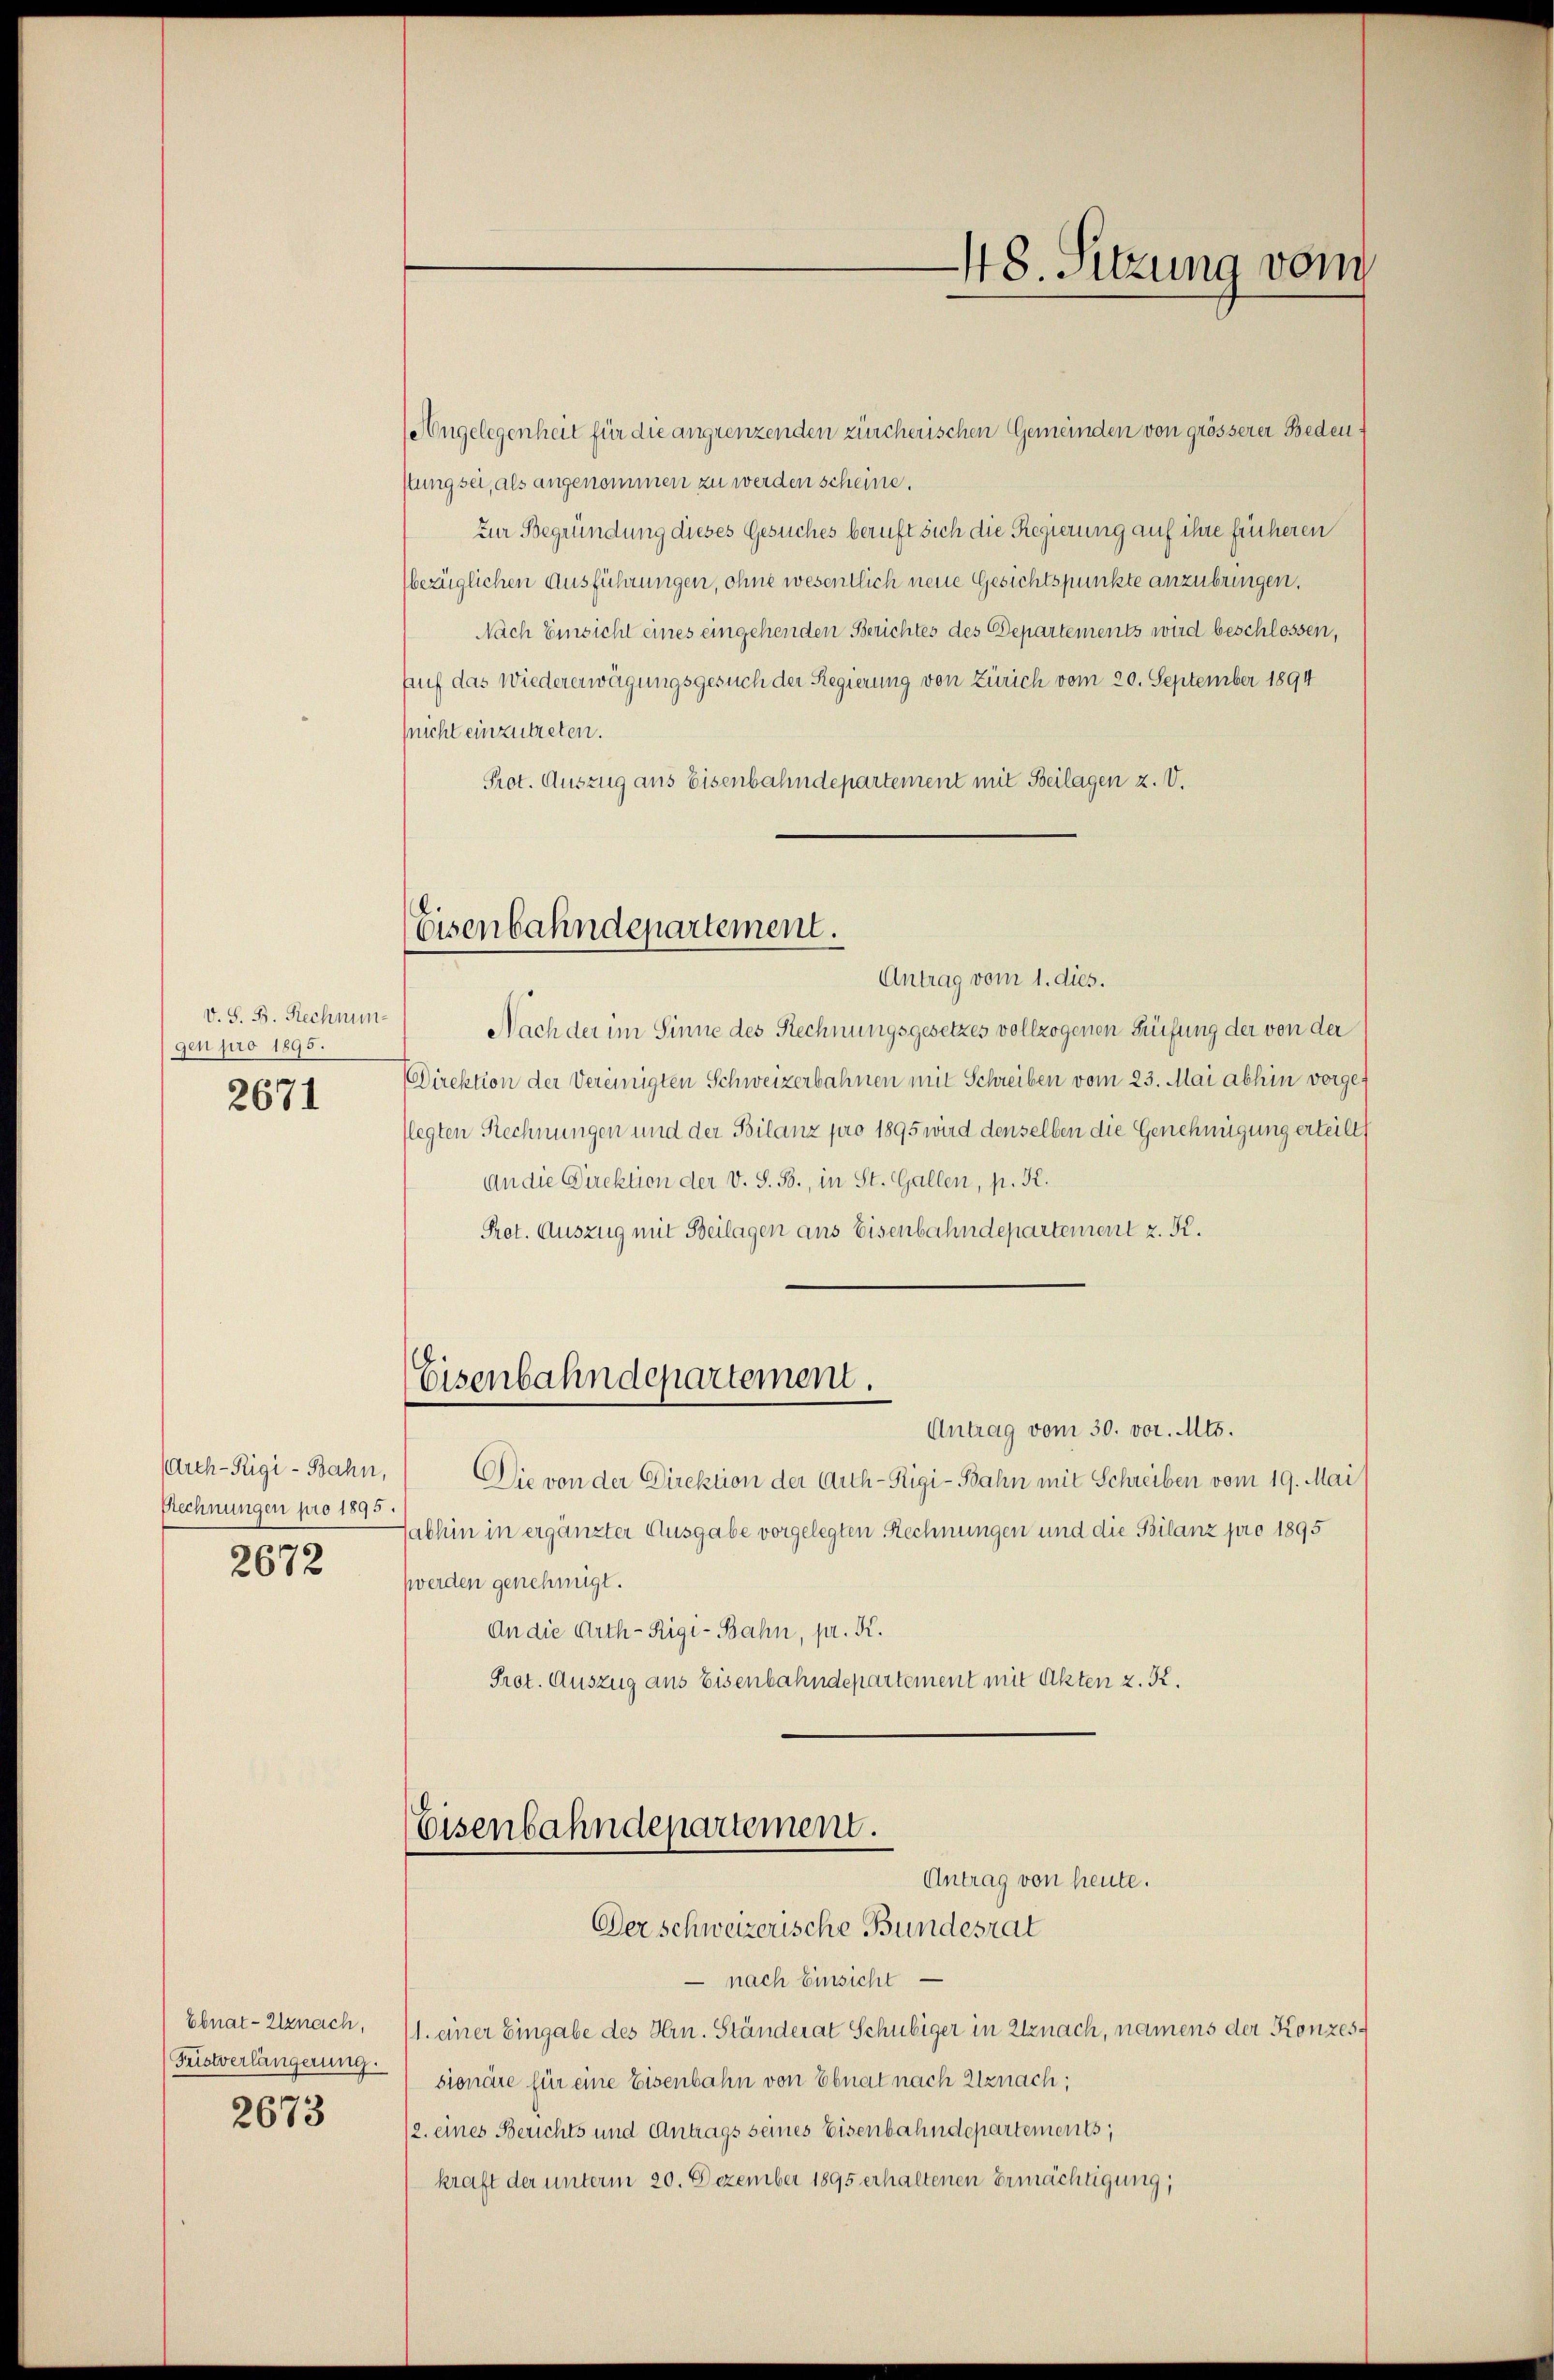
V. S. B. Rechnungen pro 1895.
2671

arch-Rigi-Bahn,
Rechnungen pro 1895.
2672

Ebnat- Uznach,
Füstverlängerung.
2673

Angelegenheit für die angrenzenden zürcherischen Gemeinden von grösserer Bedenstungsei, als angenommen zu werden scheine.
Zur Begründung dieses Gesuches beruft sich die Regierung auf ihre früheren
bezüglichen Ausführungen, ohne wesentlich neue Gesichtspunkte anzubringen.
Nach Einsicht eines eingehenden Berichtes des Departements wird beschlossen,
fruf das Wiedererwägungsgesuch der Regierung von Zürich vom 20. September 1894
nicht einzutreten.
Prot. Auszug aus Eisenbahndepartement mit Beilagen z. V.

Eisenbahndepartement.

Eisenbahndepartement.

Nach der im Sinne des Rechnungsgesetzes vollzogenen Prüfung der von der
Direktion der Vereinigten Schweizerbahnen mit Schreiben vom 23. Mai abhin vorgeflegten Rechnungen und der Bilanz pro 1895 wird denselben die Genehmigung erteilt
an die Direktion der v. S. B., in St. Gallen, p. K.
Pret. Auszug mit Beilagen ans Eisenbahndepartement z. K.

Antrag vom 1. dies.

Antrag vom 30. vor. Mts.
Die von der Direktion der Arth-Rigi-Bahn mit Schreiben vom 19. Mai
Jabhin in ergänzter Ausgabe vorgelegten Rechnungen und die Bilanz pro 1895
werden genehmigt.
An die Arth-Rigi-Bahn, pr. K.
Prot. Auszug aus Eisenbahndepartement mit Akten z. K.

Eisenbahndepartement.
Antrag von heute.

Der schweizerische Bundesrat
 nach Einsicht
1. einer Eingabe des Hrn. Ständerat Schubiger in Utznach, namens der Konzessionäre für eine Eisenbahn von Ebnat nach Elznach;
2. eines Berichts und Antrags seines Eisenbahndepartements,
kraft der unterm 20. Dezember 1895 erhaltenen Ermächtigung,

48. Sitzung vom